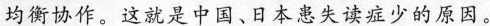
均衡协作。这就是中国、日本患失读症少的原因。